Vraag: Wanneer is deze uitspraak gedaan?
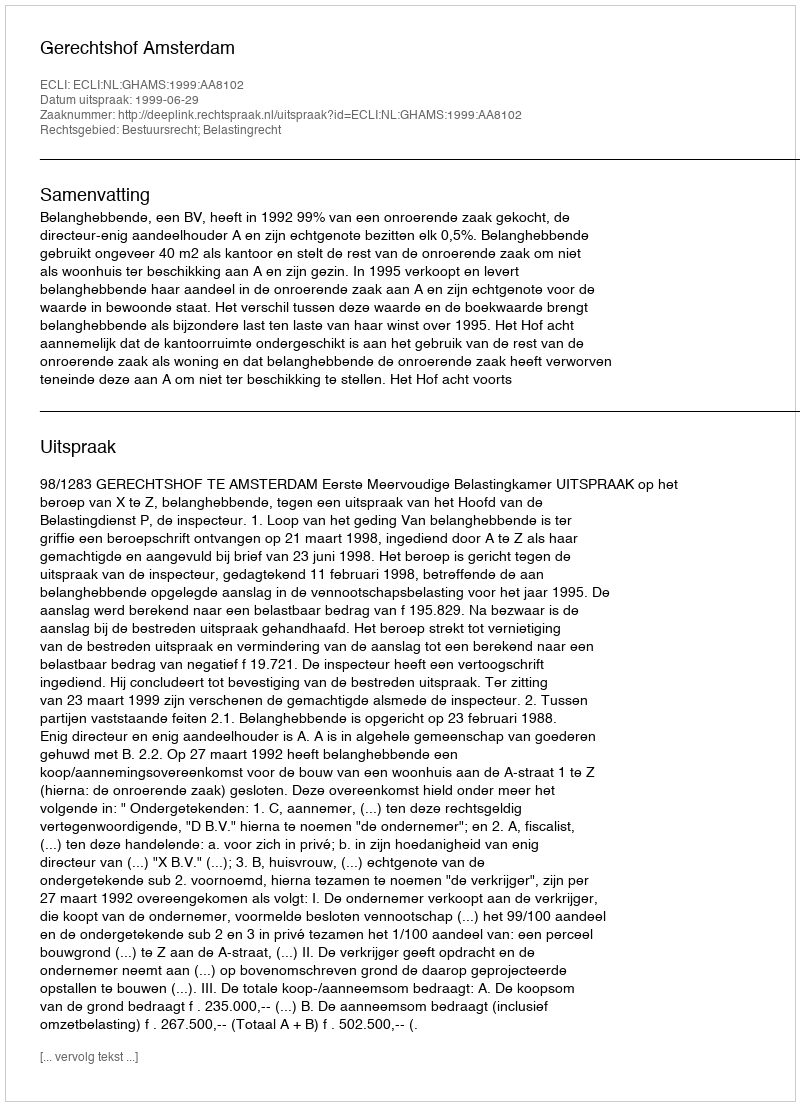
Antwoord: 1999-06-29